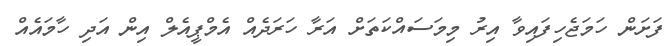
ފަށަން ހަމަޖެހިފައިވާ އިރު މިމަސައްކަތަށް އަރާ ހަރަދެއް އެމްޕީއެލް އިން އަދި ހާމައެއް